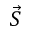
\vec { S }